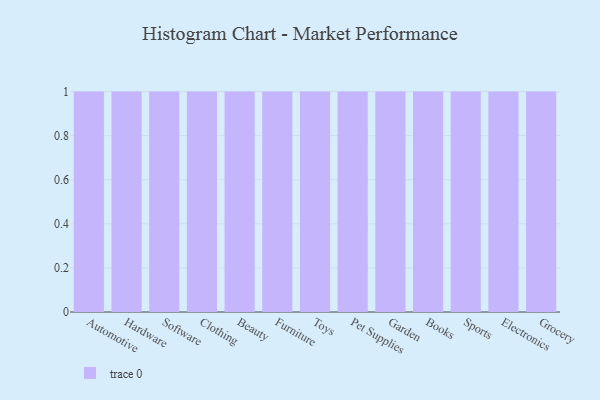
{"axis": {"x": "Category", "y": "Gross Profit (USD K)"}, "legend": [""], "data": [{"x": "Automotive", "y": 73, "type": ""}, {"x": "Hardware", "y": 10, "type": ""}, {"x": "Software", "y": 72, "type": ""}, {"x": "Clothing", "y": 11, "type": ""}, {"x": "Beauty", "y": 86, "type": ""}, {"x": "Furniture", "y": 53, "type": ""}, {"x": "Toys", "y": 32, "type": ""}, {"x": "Pet Supplies", "y": 81, "type": ""}, {"x": "Garden", "y": 15, "type": ""}, {"x": "Books", "y": 88, "type": ""}, {"x": "Sports", "y": 55, "type": ""}, {"x": "Electronics", "y": 53, "type": ""}, {"x": "Grocery", "y": 68, "type": ""}]}